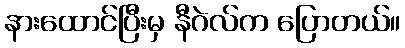
နားထောင်ပြီးမှ နီဂဲလ်က ပြောတယ်။